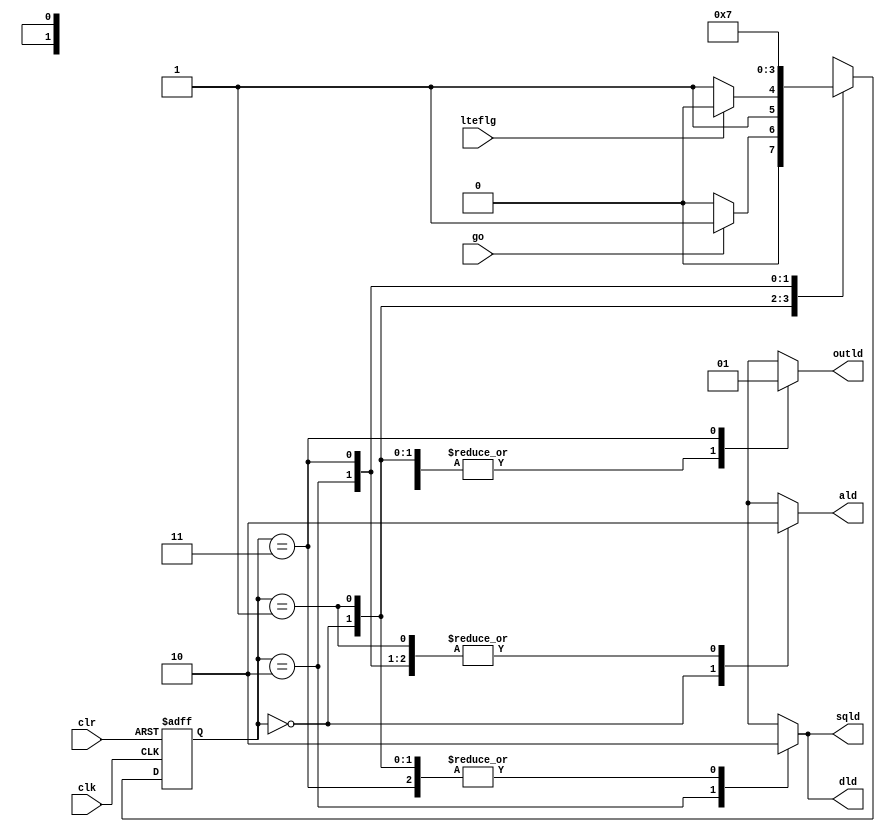
// Example 24c: Square root control
module SQRTctrl (
	input wire clk ,
	input wire clr ,
	input wire lteflg ,
	input wire go ,
	output reg ald ,
	output reg sqld ,
	output reg dld ,
	output reg outld
);
	reg[1:0] present_state, next_state;
	parameter start = 2'b00, test =2'b01, update = 2'b10,
	done = 2'b11; // states
	// State registers
	always @(posedge clk or posedge clr)begin
		if (clr == 1)
		present_state <= start;
		else
		present_state <= next_state;
	end
		// C1 module

	always @(*)begin
		case(present_state)
		start: if(go == 1)
		next_state = test;
		else
		next_state = start;
		test: if(lteflg == 1)
		next_state = update;
		else
		next_state = done;
		update: next_state = test;
		done: next_state = done;
		default next_state = start;
		endcase
	end

	// C2 module
	always @(*)begin
		ald = 0; sqld = 0;
		dld = 0; outld = 0;
		case(present_state)
		start: ald = 1;
		test: ;
		update:
		begin
		sqld = 1; dld = 1;
		end
		done: outld = 1;
		default ;
		endcase
	end
endmodule